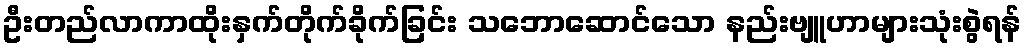
ဦးတည်လာကာထိုးနှက်တိုက်ခိုက်ခြင်း သဘောဆောင်သော နည်းဗျူဟာများသုံးစွဲရန်